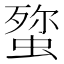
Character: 𮔞